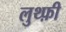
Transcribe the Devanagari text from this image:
लुथ्फ़ी